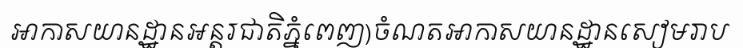
អាកាសយានដ្ឋានអន្តរជាតិភ្នំពេញ)ចំណតអាកាសយានដ្ឋានសៀមរាប